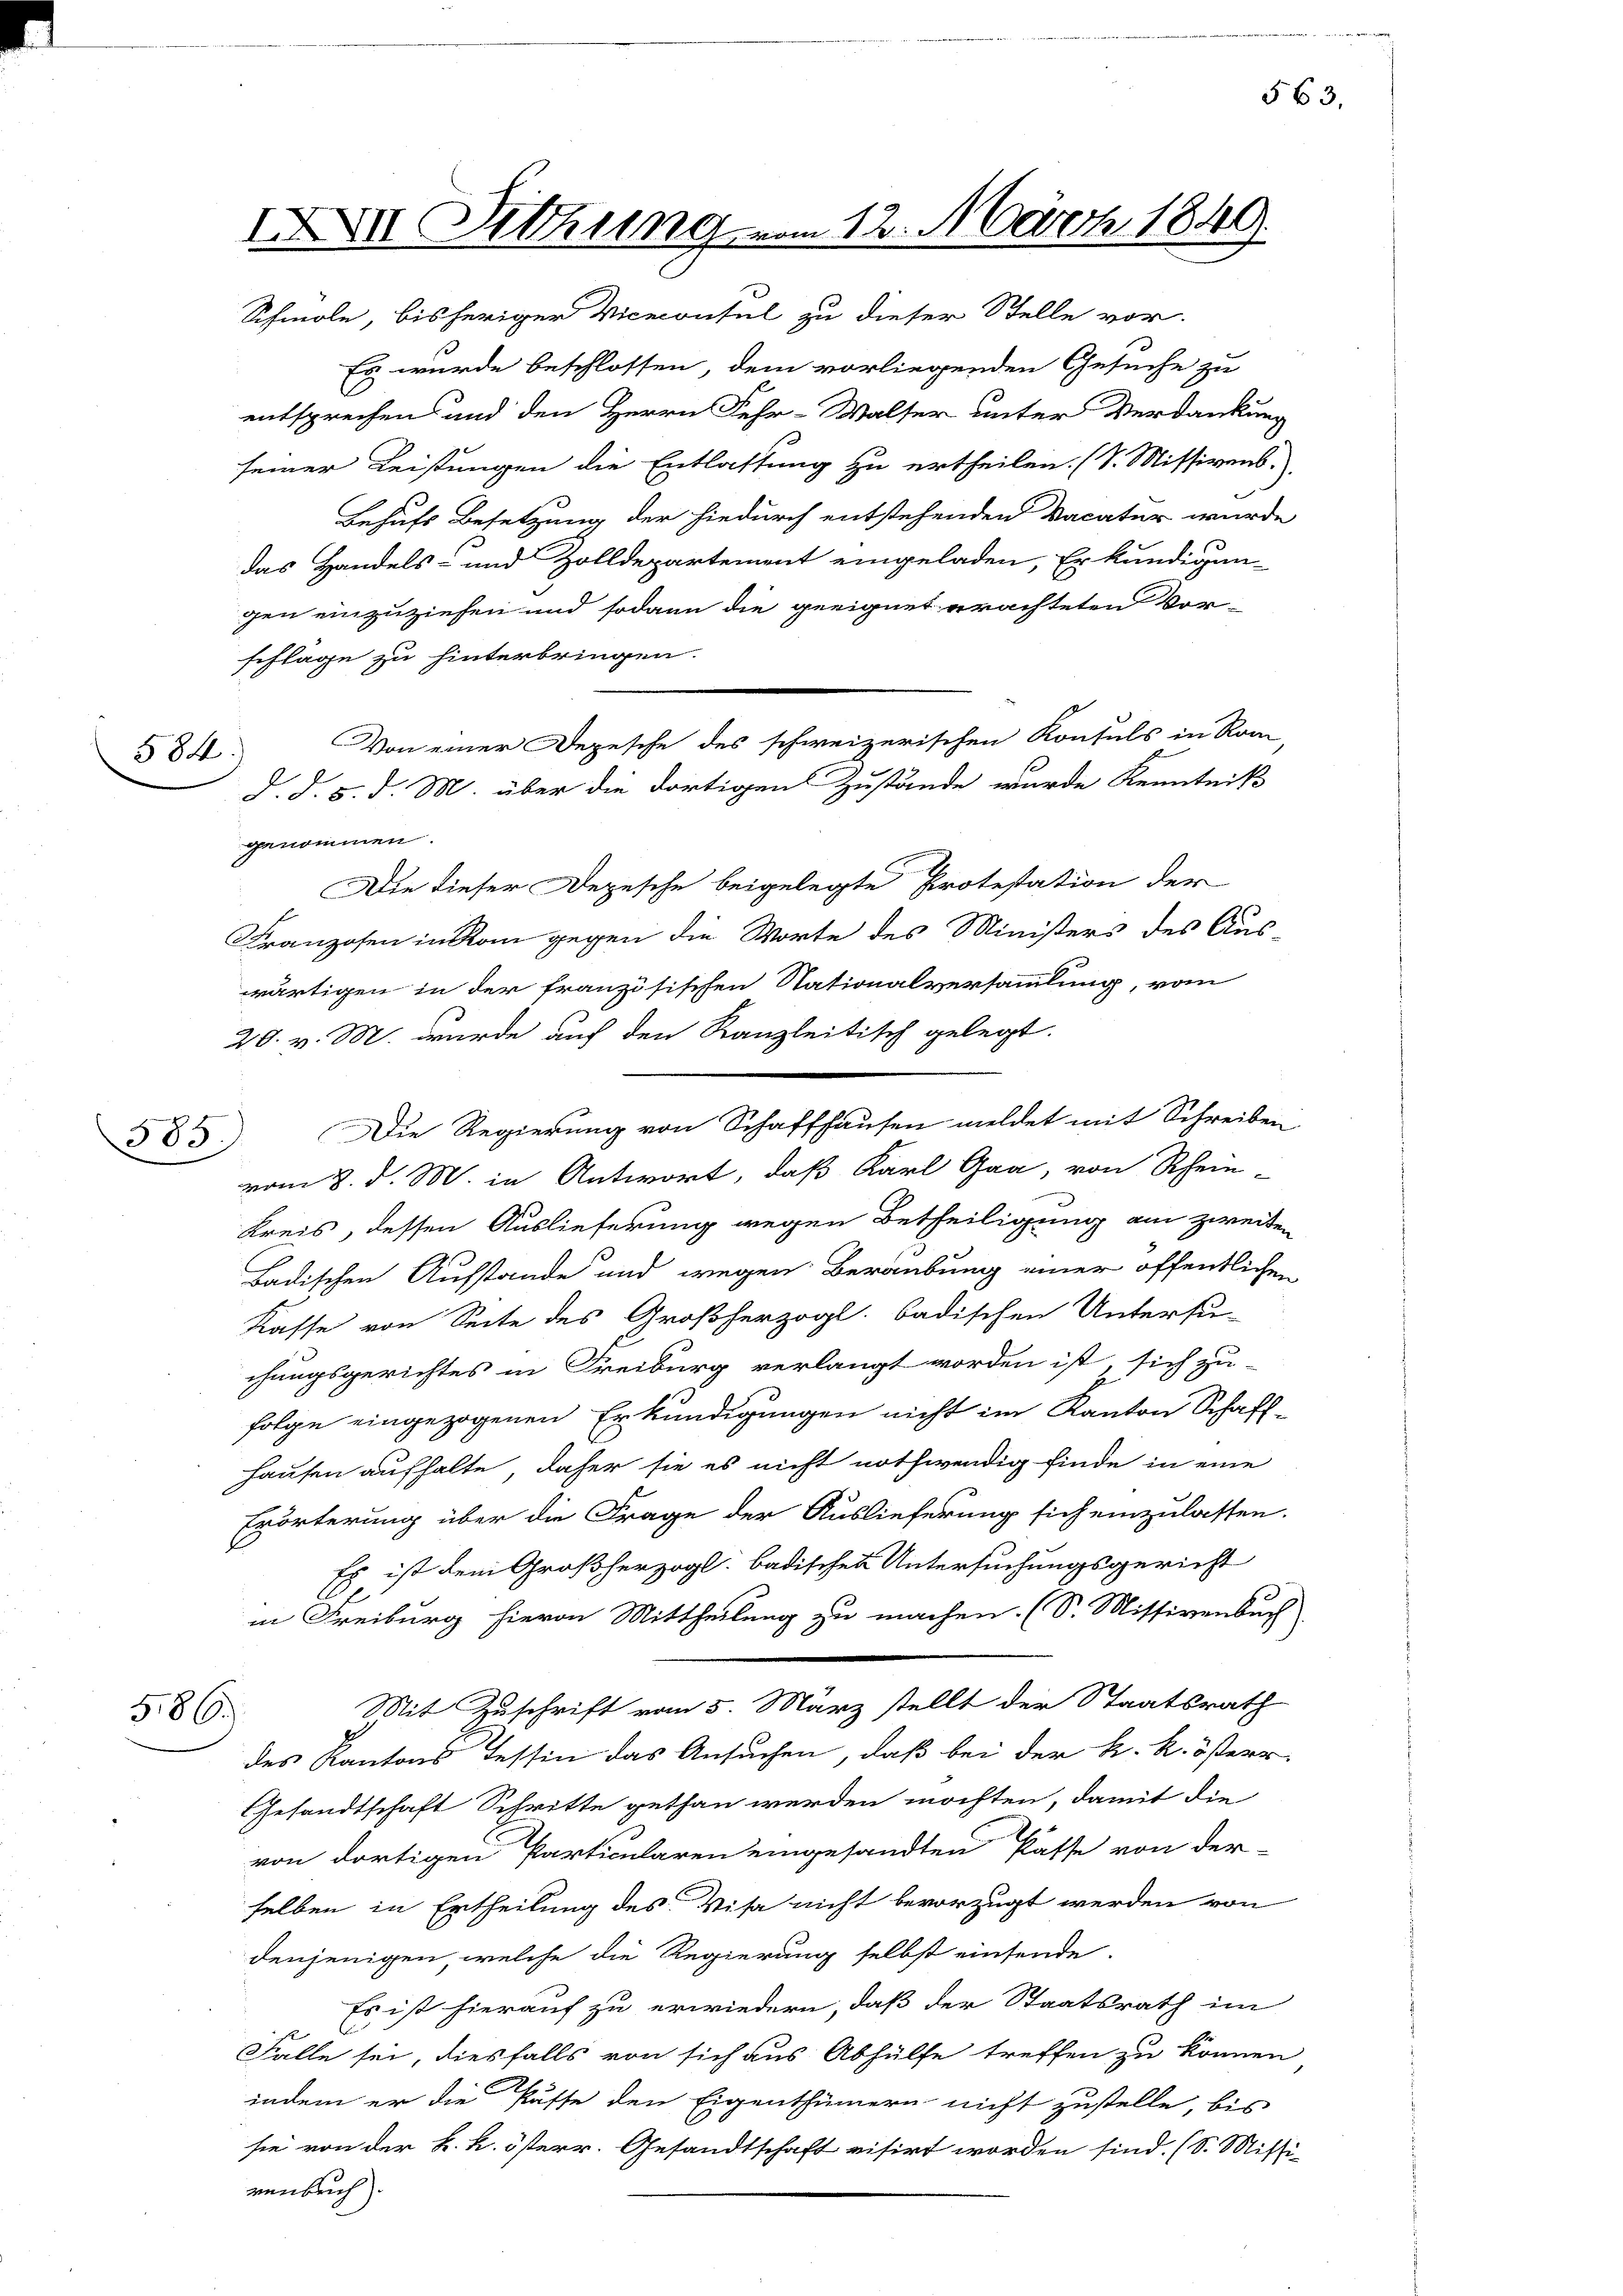
584.

385.

Es wurde beschlossen, dem vorliegenden Gesuche zu
entsprechen und den Herrn Fehr-Walser unter Verdankung
seiner Leistungen die Entlassung zu ertheilen. (S. Missivens.
Behufs Besetzung der hiedurch entstehenden Vacatur wurde
das Handels- und Zolldepartement eingeladen, Er kundigun-
gen einzuziehen und sodann die geeignet erachteten Vor-
schlage zu hinterbringen.
d. d. 5. d. M. über die dortigens Zustände wurde Kenntniß
genommen.
Die dieser Depesche beigelegte Protestation der
Franzosen in Rom gegen die Worte des Ministers des Aus-
wärtigen in der französischen Nationalversammlung, vom
29. v. M. wurde auf den Kanzleitisch gelegt.
Die Regierung von Schaffhausen meldet mit Schreiben
vom 8. d. M. in Antwort, daß Karl Gra, von Rhein-
Kreis, dessen Auslieferung wegen Betheiligung am zweiten
Ladischen Aufstande und wegen Beraubung einer öffentlichen
Kasse von Seite des Großherzogl. badischen Untersu-
chungsgerichtes in Freiburg verlangt worden ist, sich zu-
folge eingezogenen Erkundigungen nicht im Kanton Schaffhausen aufhalte, daher sie es nicht nothwendig finde in eine
Erörterung über die Frage der Auslieferung sich einzulassen.
Es ist dem Großherzogl. badischen Untersuchungsgericht
in Freiburg hievon Mittheilung zu machen. (S. Missivenbuch
Mit Zuschrift vom 5. März stellt der Staatsrath
586.
des Kantons Tessin das Ansuchen, daß bei der k. k. österr
Gesandtschaft Schritte gethan werden möchten, damit die
von dortigen Particularen eingesandten Pässe von der
selben in Ertheilung des Visa nicht bevorzugt werden von
denjenigen, welche die Regierung selbst einsende.
Es ist hierauf zu erwiedern, daß der Staatsrath im
Falle sei, diesfalls von sich aus Abhülfe treffen zu können
indem er die Pässe den Eigenthümern nicht zustelle, bis
sie von der k. k. österr. Gesandtschaft visirt worden sind. (S. Missi-
venbrich).

XVII. Setzung vom 12. März 1849.
Schmole, bisheriger Viceconsul zu dieser Stelle vor.

Von einer Depesche des schweizerischen Konsuls in Rom,

563.